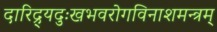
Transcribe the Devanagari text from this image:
दारिद्र्यदुःखभवरोगविनाशमन्त्रम्